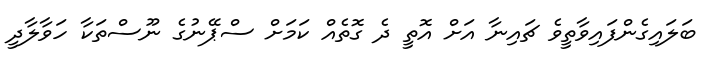
ބަލައިގެންފައިވާތީވެ ޗައިނާ އަށް އޮތީ ދެ ގޮތެއް ކަމަށް ސްޕޭނުގެ ނޫސްތަކާ ހަވާލާދީ